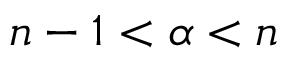
n - 1 < \alpha < n